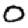
Digit: 0